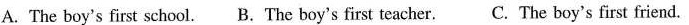
A. The boy's first school. B. The boy's first teacher. C. The boy's first friend.